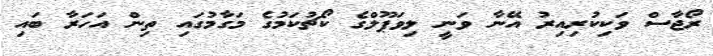
ރޯޖާސް ވަކިކުރިއިރު އޭނާ ވަނީ ލިވަޕޫލްގެ ކޯޗުކަމުގެ މަގާމުގައި ތިން އަހަރާ ބައި